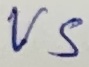
Text: VS